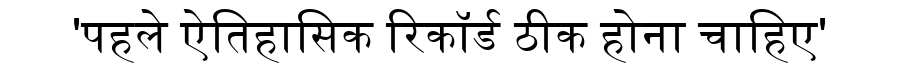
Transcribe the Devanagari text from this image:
'पहले ऐतिहासिक रिकॉर्ड ठीक होना चाहिए'